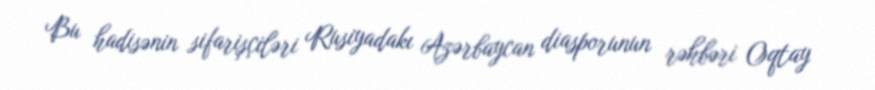
Bu hadisənin sifarişçiləri Rusiyadakı Azərbaycan diasporunun rəhbəri Oqtay